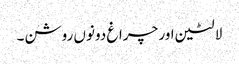
لالٹین اور چراغ دونوں روشن۔